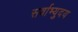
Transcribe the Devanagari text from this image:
सर्वाभ्युदय